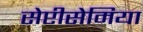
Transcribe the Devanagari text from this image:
सेप्टीसेमिया